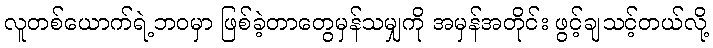
လူတစ်ယောက်ရဲ့ဘဝမှာ ဖြစ်ခဲ့တာတွေမှန်သမျှကို အမှန်အတိုင်း ဖွင့်ချသင့်တယ်လို့